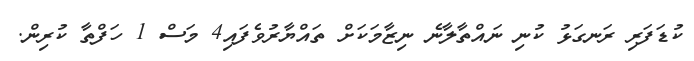
ކުޑަފަރި ރަނގަޅު ކުނި ނައްތާލާނެ ނިޒާމަކަށް ތައްޔާރުވެފައި4 މަސް 1 ހަފްތާ ކުރިން.